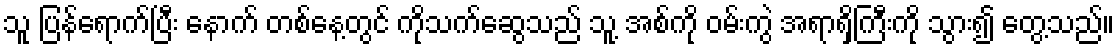
သူ ပြန်ရောက်ပြီး နောက် တစ်နေ့တွင် ကိုသက်ဆွေသည် သူ့ အစ်ကို ဝမ်းကွဲ အရာရှိကြီးကို သွား၍ တွေ့သည်။